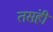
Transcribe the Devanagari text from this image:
तसंही